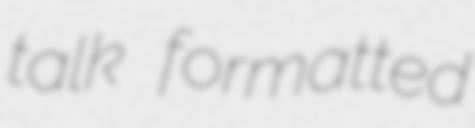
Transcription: talk formatted